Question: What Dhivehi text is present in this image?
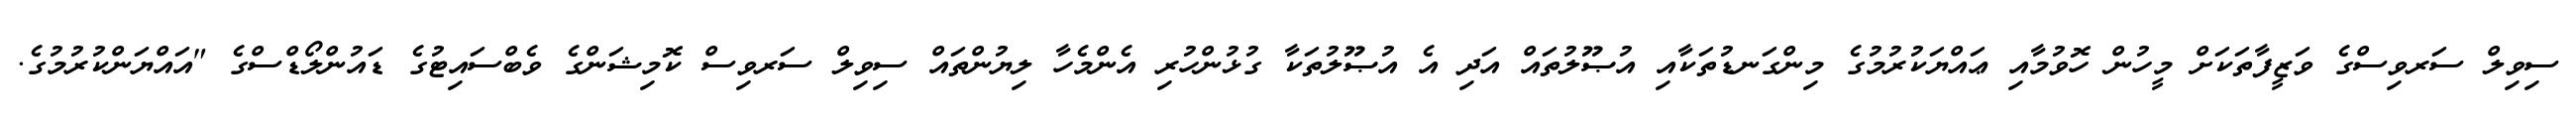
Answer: ސިވިލް ސަރވިސްގެ ވަޒީފާތަކަށް މީހުން ހޮވުމާއި ޢައްޔަކުރުމުގެ މިންގަނޑުތަކާއި އުޞޫލުތައް އަދި އެ އުޞޫލުތަކާ ގުޅުންހުރި އެންމެހާ ލިޔުންތައް ސިވިލް ސަރވިސް ކޮމިޝަންގެ ވެބްސައިޓުގެ ޑައުންލޯޑްސްގެ "އައްޔަންކުރުމުގެ.